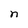
Character: n